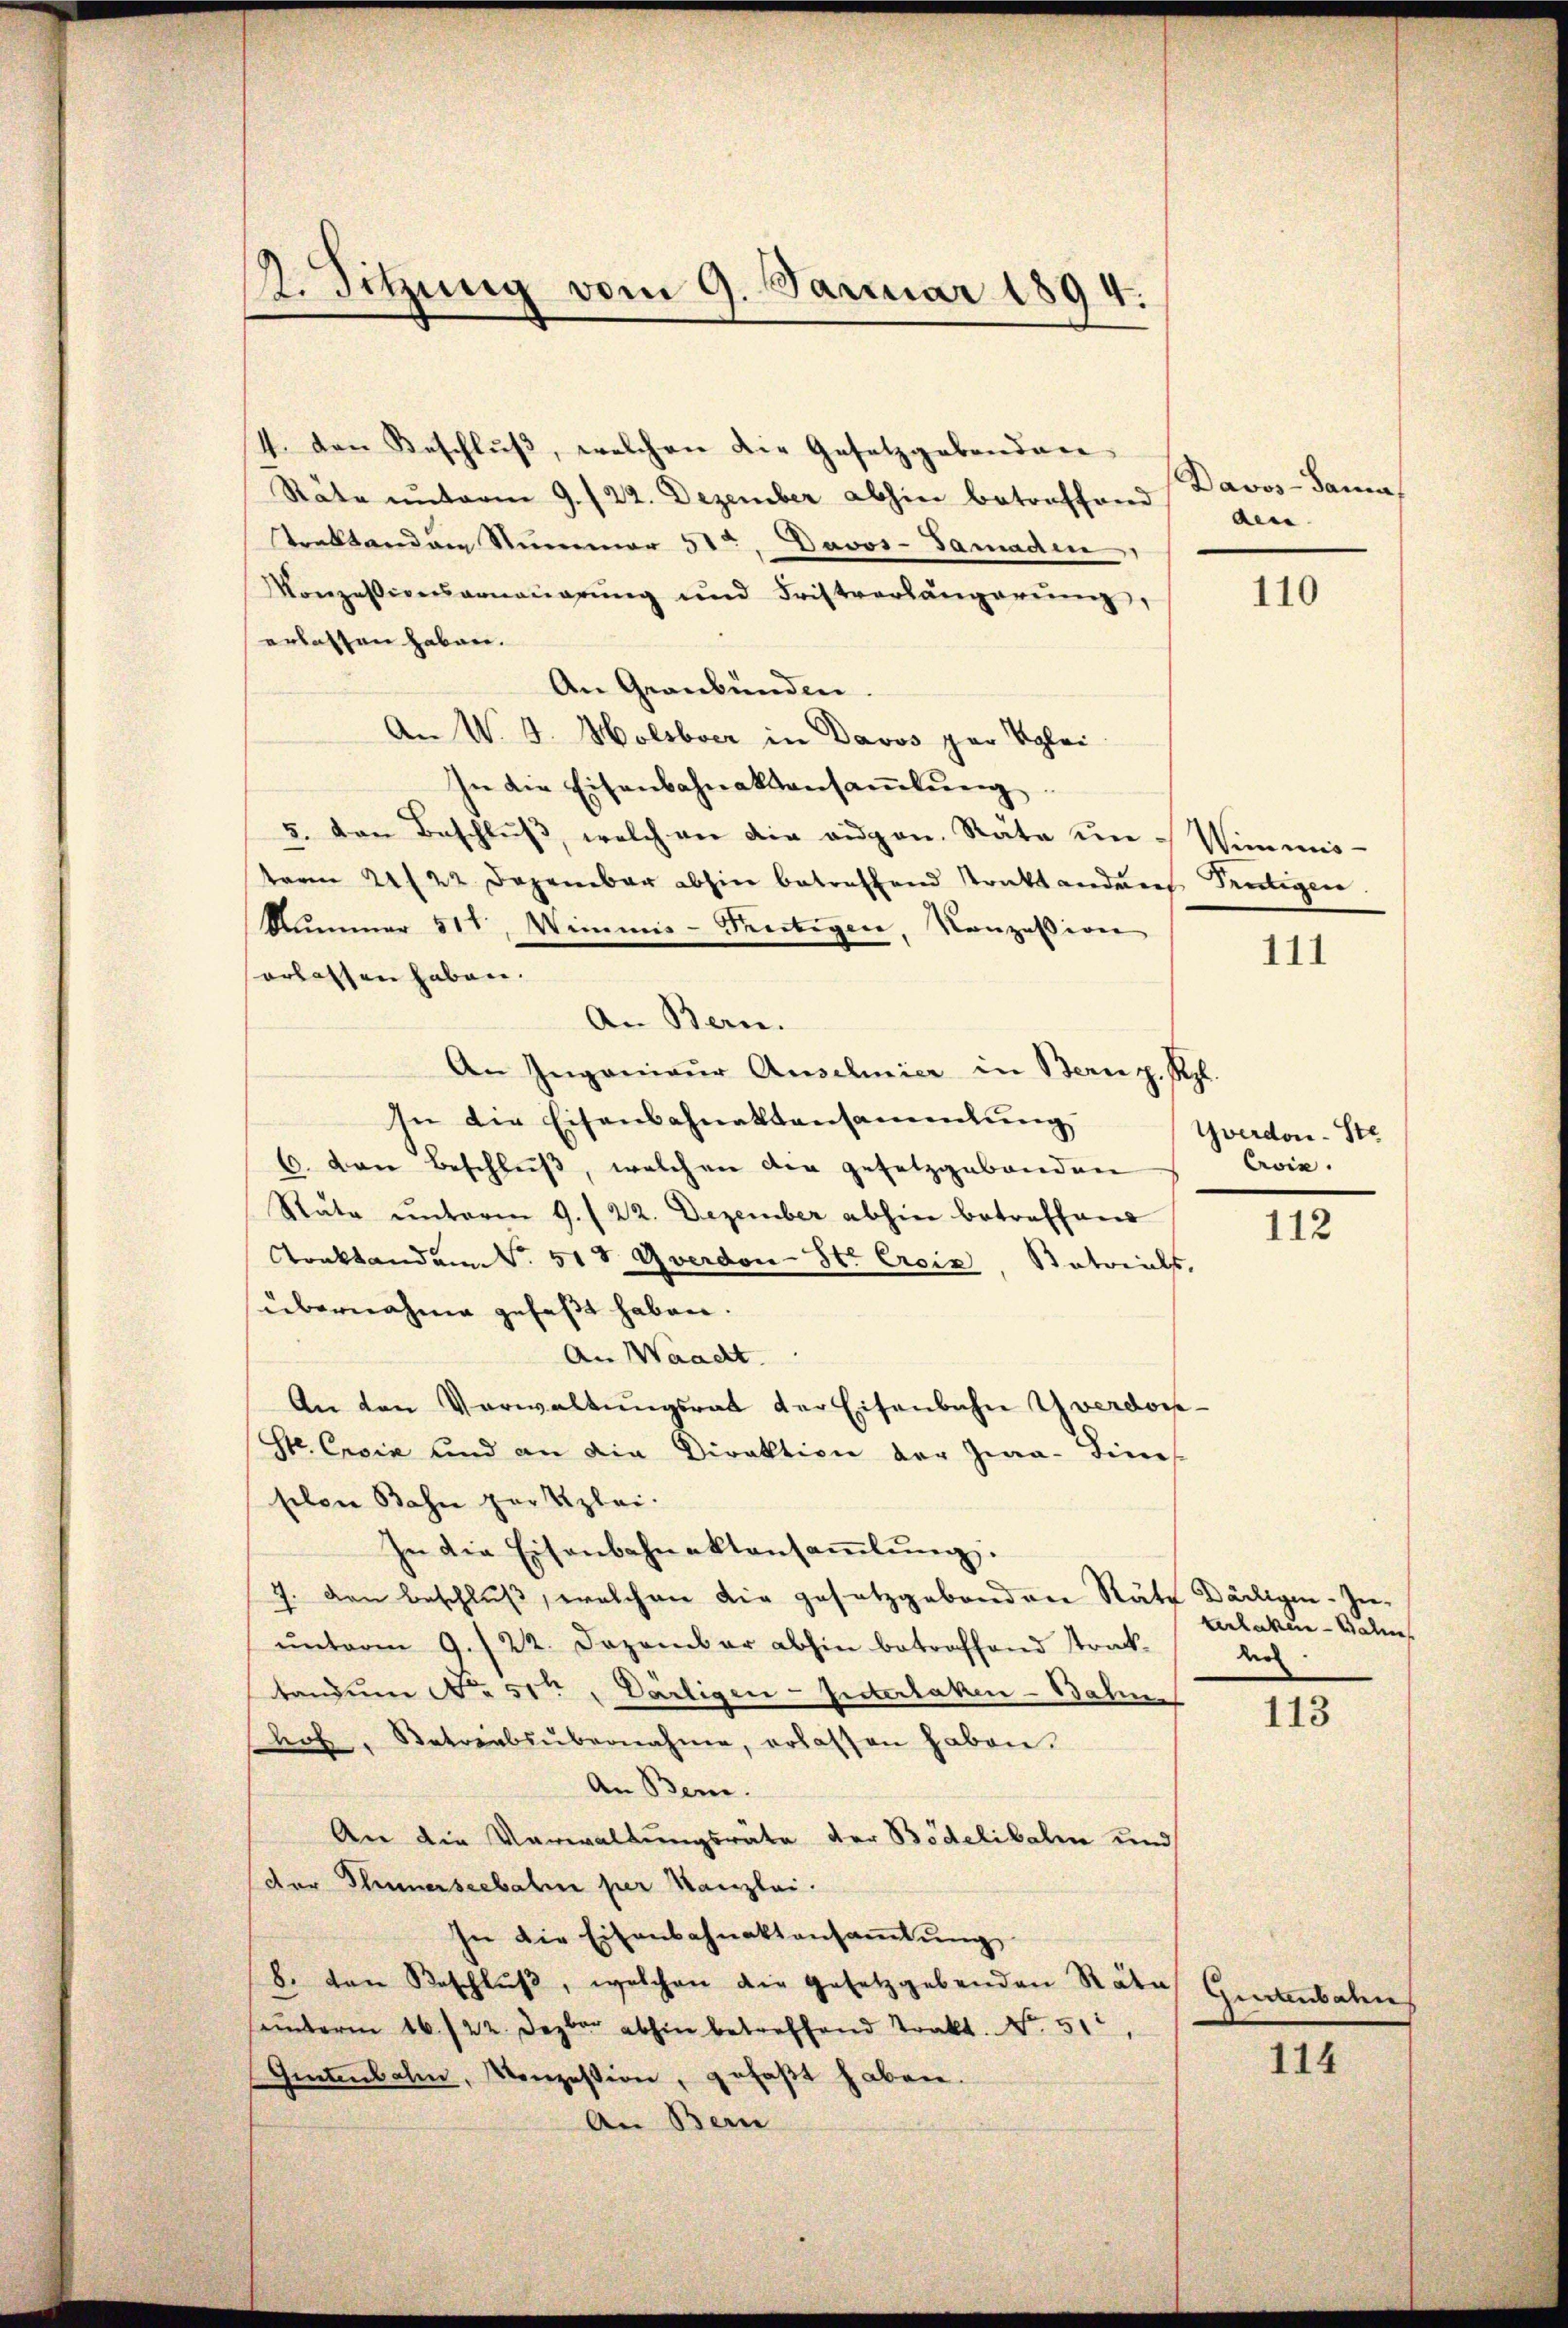
s. Sitzung vom 9. Januar 1894.

4. den Beschlŭβ, welchen die Gesetzgebenden
Räte unterm 9. /22. Dezember abhin betreffend dene
traktanden Nummer 5ten Davos-Samaden
Konzessionsanmaŭerŭng und Fristverlängerŭng,
erlassen haben.
An Graubünden.
An W. G. Molsbver in Davos par Klei
In die Eisenbahnaktansaṁlŭng
5. Den Beschluß, welch an die augen. Räte un
term 21/22. Dezember abhin betreffend straktanderes Trutigen
Nummer 511, Wimmis-Reitigen, Konzession
erlassen haben.
An Ingenieŭr Anschmier in Bern. Sept.
In die Eisenbahnaktansammlung
6. von Beschluß, welchen den gesetzgebäuden
Stäte unterm 9. 122. Dezember abhin betreffend
Araktandam S. 51 t Yverdon-Str Croix, Satrials,
übernahme gefaßt haben.
An Waadt.
An den Verwaltŭngsrat der Eisenbahn Yverdor¬
Str. Croix und an die Direktion der Zwa-Lines
schen Bahn partizlei.
In die Eisenbahnaktansaṁlŭng.
7. den Beschluß, welchen die gesetzgebenden Räte Darlegen-Zeeŭnterm 9. 122. Dezember abhin betreffend Traktandum No 51ten, Därtigen-Interlaken-Bahn
hof, Betriebsübernahme, erlassen haben.
An Bern.
An die Verwaltungsräte der Bödelibalen und
(der Thunerseebahn per Kanzlei.
In die Eisenbahnaktansaṁlŭng
b. von Beschlŭβ, welchen die Gesetzgebenden Rata Genthalen
ämterm 16./22. Dezbar abhin betreffend Trakt. No. 51
Gintenbahn, Konzession, gefaßt haben.
An Bern

An Bern.

Davos-Samas

110

Wimmis¬

111

Yverdon-Ste
Coin.

112

terlaken - Balin
der

113

114